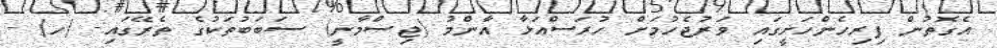
އެގޮތުން ފިރިހެންހަށީގައި ވަރުޖެހުމަށް ހުރަސްއަޅާ އާންމު (ޖިސްމާނީ) ސަބަބުތަކުގެ ތެރޭގައި:- (ހ) -